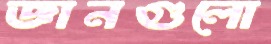
জ্ঞানগুলো